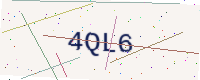
Text: 4QL6